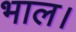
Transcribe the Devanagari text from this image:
भाल।